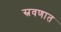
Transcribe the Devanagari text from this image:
स्रवणात